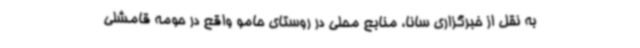
به نقل از خبرگزاری سانا، منابع محلی در روستای حامو واقع در حومه قامشلی